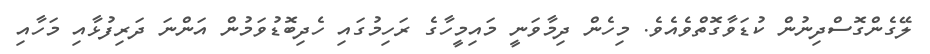
ލޭގެންގޮސްދިނުން ކުޑަވާގޮތްވެއެވެ. މިހެން ދިމާވަނީ މައިމީހާގެ ރަހިމުގައި ހެދިބޮޑުވަމުން އަންނަ ދަރިފުޅާއި މަހާއި